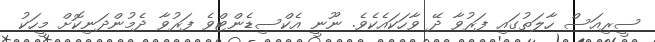
ސީރިއަސް ހާލަތުގައި ފަރުވާ ދޭ ވާހަކައެކެވެ. ނޫނީ އެކްސިޑެންޓްވެ ފަރުވާ ދެމުންދަނިކޮށް މީހަކު